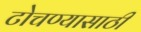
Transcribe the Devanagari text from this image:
टोचण्यासाठी